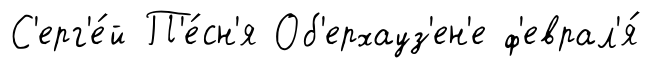
С'ерг'е́й П'е́сн'я Об'ерхауз'ен'е ф'еврал'я́